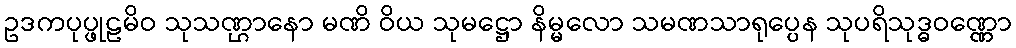
ဥဒကပုပ္ဖုဠမိဝ သုသဏ္ဌာနော မဏိ ဝိယ သုမဋ္ဌော နိမ္မလော သမဏသာရုပ္ပေန သုပရိသုဒ္ဓဝဏ္ဏော